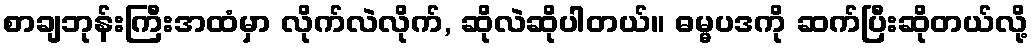
စာချဘုန်းကြီးအထံမှာ လိုက်လဲလိုက်, ဆိုလဲဆိုပါတယ်။ ဓမ္မပဒကို ဆက်ပြီးဆိုတယ်လို့